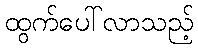
ထွက်ပေါ်လာသည့်